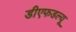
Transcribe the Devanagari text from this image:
डीएफडल्‍यू